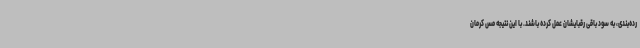
رده‌بندی، به سود باقی رقبایشان عمل کرده باشند. با این نتیجه مس کرمان